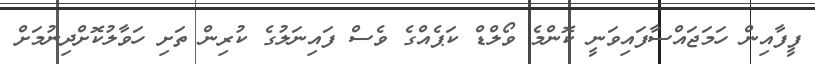
ފީފާއިން ހަމަޖައްސާފައިވަނީ ކޮންމެ ވޯލްޑް ކަޕެއްގެ ވެސް ފައިނަލުގެ ކުރިން ތަށި ހަވާލުކޮށްދިނުމަށް